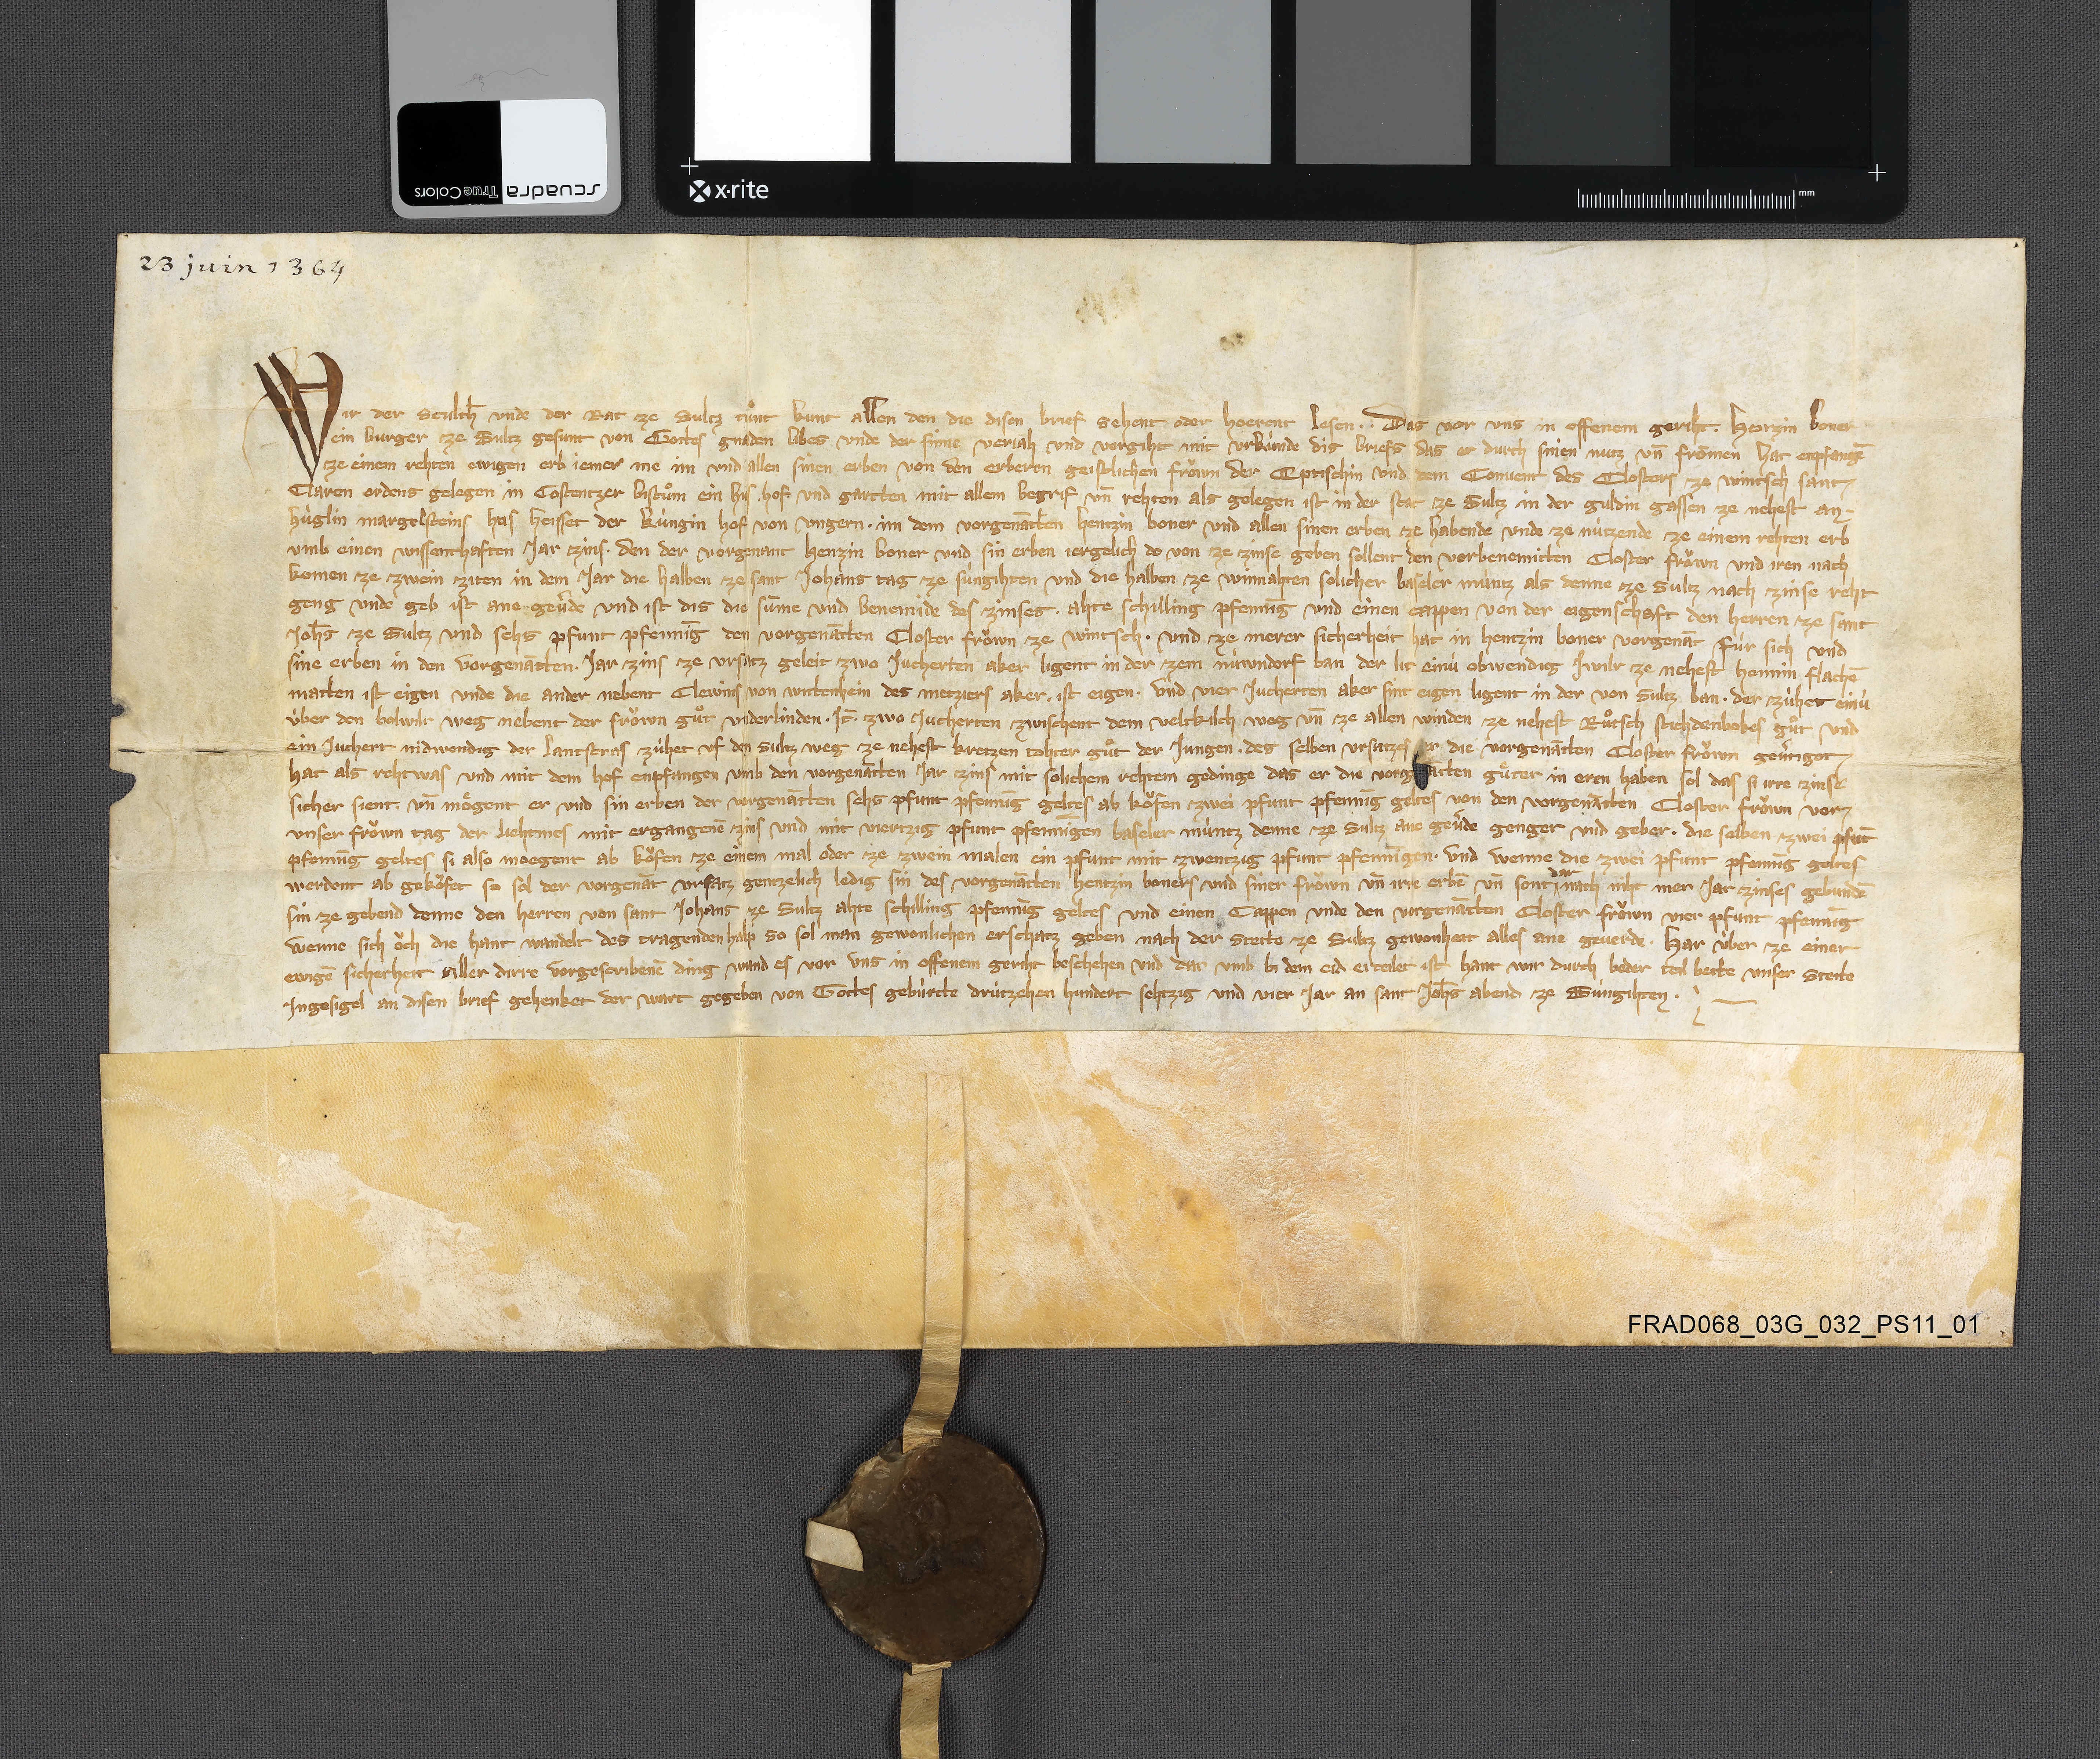
23 juin 1364

Wir der sculth̄ unde der rat ze Sultz tuͦnt kunt allen den die disen brief sehent oder hoerent lesen ✳ ✳ das vor uns in offenem geriht ✳ Henzin Boner
ein burger ze Sultz gesunt von gottes gnaden libes unde der sinne verjah und vergiht mit urkùnde dis briefs das er durch snien nutz un̄ frōmen hat enpfangē
ze einem rehten ewigen erb jemer me im und allen sinen erben von den erberen geistlichen froͧwn der eptischin und dem convent des closters ze Wintsch Sant
Claren ordens gelegen in Costentzer bistuͦm ein hus ✳ hof ✳ und gartten mit allem begrif un̄ rehten als gelegen ist in der stat ze Sultz in der Guldin Gassen ze nehest an ✳
Hùglin Margelsteins hus heisset der Kùngin Hof von Ungern ✳ im dem vorgenātten Hentzin Boner und allen sinen erben ze habende unde ze nùtzende ze einem rehten erb
umb einen wissenthaften jar zins ✳ den der vorgenant Henzin Boner und sin erben jergelich do von ze zinse geben sollent den vorbenemitten closter froͧwn und iren nach-
komen ze zwein ziten in dem jar die halben ze sant Johans tag ze sùngihten und die halben ze winnahten solicher Baseler mùntz als denne ze Sultz nach zinse reht
geng unde geb ist ane gevˀde. und ist dis die sūme und benemide des zinses ✳ ahte schilling pfennīg und einen cappen von der eigenschaft den herren ze Sant
Joh̄s ze Sultz und sehs pfunt pfennīg den vorgenātten closter froͧwn ze Wintsch ✳ und ze merer sicherheit hat in Hentzin Boner vorgenāt fùr sich und
sine erben in den vorgenātten ✳ jar zins ze ursatz geleit zwo jucherten aber ligent in der zem Nùwndorf ban der lit einù obwendig Iwilr ze nehest Hennin Flachē
matten ist eigen unde die ander nebent Clewins von Wittenhein des metziers aker ist eigen ✳ und vier jucherten aker sint eigen ligent in der von Sultz ban ✳ der zùhet einù
ùber den Bolwilr weg nebent der froͧwn guͦt Underlinden ✳ it̄ ✳ zwo jucherten zwischent dem Veltkilch weg un̄ ze allen winden ze nehest Ruͦtsch Stichdenbokes guͦt und
ein juchert nidwendig der lantstras zùhet uf den Sultz weg ze nehest Kretzen tohter guͦt der jungen ✳ des selben ursatzes der die vorgenātten closter froͧwn gevˀtigot
hat als reht was und mit dem hof enpfangen umb den vorgenātten jar zins mit solichem rehtem gedinge das er die vorgenātten guͤter in eren haben sol das si irre zinse
sicher sient. ✳ un̄ moͤgent er und sin erben der vorgenātten sehs pfunt pfennīg geltes ab koͧfen zwei pfunt pfennīg geltes von den vorgenātten closter froͧwn vor¬
unser froͧwn tag der liehtmes mit ergangenē zins und mit viertzig pfunt pfennīgen Baseler mùntz denne ze Sultz ane gevˀde genger und geber ✳ die selben zwei pfūt
pfennīg geltes si also moegent ab koͧfen ze einem mal oder ze zwein malen ein pfunt mit zwentzig pfunt pfennīgen. ✳ und wenne die zwei pfunt pfennīg geltes
werdent ab gekoͧfet so sol der vorgenāt ursatz gentzelich ledig sin des vorgenātten Hentzin Boners und siner froͧwn un̄ irre erbē un̄ sont
dar
nach niht mer jar zinses gebundē
sin ze gebend denne den herren von Sant Johans ze Sultz ahte schilling pfennīg geltes und einen cappen unde den vorgenātten closter froͧwn vier pfunt pfennīg.
wenne sich oͧch die hant wandelt des tragenden halp so sol man gewonlichen erschatz geben nach der stette ze Sultz gewonheit alles ane geverde. ✳ har ùber ze einer
ewigē sicherheit aller dirre vorgescribenē ding wand es von uns in offenem geriht beschehen und dar umb bi dem eid erteilet ist hant wir durch beder teil bette unser stette
ingesigel an disen brief gehenket der wart gegeben von gottes gebùrtte drùtzehen hundert sehtzig und vier jar an sant Joh̄s abend ze sùngihten. ✳